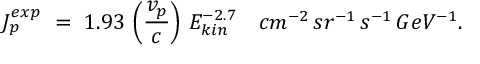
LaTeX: J _ { p } ^ { e x p } \ = \ 1 . 9 3 \, \left( \frac { v _ { p } } { c } \right) \, E _ { k i n } ^ { - 2 . 7 } \ \ \ c m ^ { - 2 } \, s r ^ { - 1 } \, s ^ { - 1 } \, G e V ^ { - 1 } .